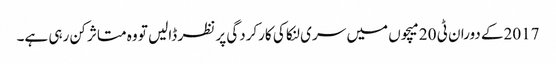
2017کے دوران ٹی 20 میچوں میں سری لنکا کی کارکردگی پر نظر ڈالیں تو وہ متاثر کن رہی ہے۔